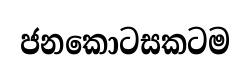
ජනකොටසකටම